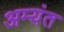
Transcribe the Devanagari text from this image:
अम्यंत